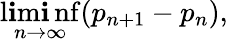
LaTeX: \operatorname*{l\mathbf{i}m\mathbf{i}nf}_{n\to\infty}(p_{n+1}-p_{n}),